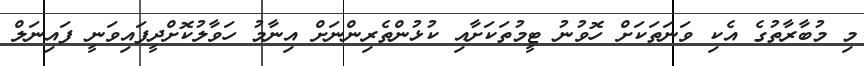
މި މުބާރާތުގެ އެކި ވަނަތަކަށް ހޮވުނު ޓީމުތަކަށާއި ކުޅުންތެރިންނަށް އިނާމު ހަވާލުކޮށްދީފައިވަނީ ފައިނަލް